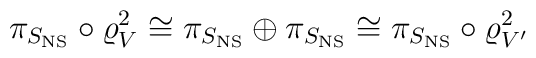
\pi_{S_{\rm NS}}\circ\varrho_V^2 \cong \pi_{S_{\rm NS}}\oplus \pi_{S_{\rm NS}} \cong \pi_{S_{\rm NS}}\circ\varrho_{V'}^2